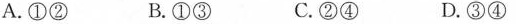
A.①② B.①③ C.②④ D.③④